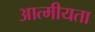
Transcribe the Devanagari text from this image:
आत्‍मीयता